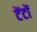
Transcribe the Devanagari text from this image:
टेंटों